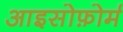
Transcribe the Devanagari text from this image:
आइसोफ़ोर्म